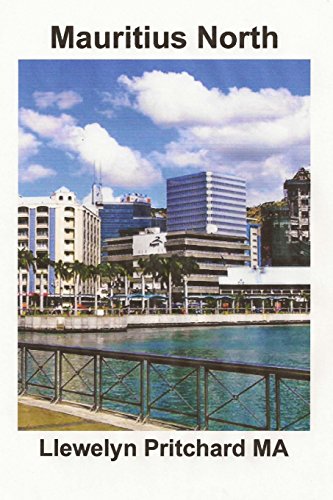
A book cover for Mauritius North: Bilduma Souvenir bat argazki koloretan epigrafeekin (Argazki Albumak) (Volume 11) (Basa Edition); Llewelyn Pritchard MA; Travel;